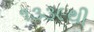
૧૩૩૯થી